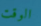
الوقت